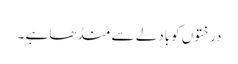
درختوں کوبادلے سے منڈھاہے ۔